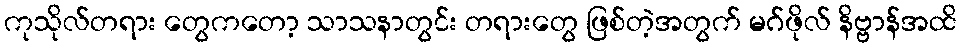
ကုသိုလ်တရား တွေကတော့ သာသနာတွင်း တရားတွေ ဖြစ်တဲ့အတွက် မဂ်ဖိုလ် နိဗ္ဗာန်အထိ